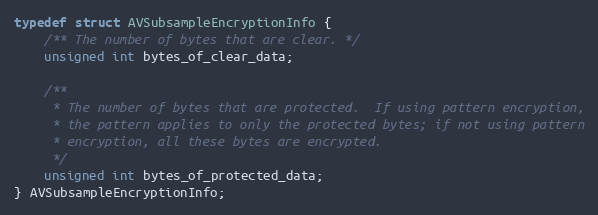
Language: C
typedef struct AVSubsampleEncryptionInfo {
    /** The number of bytes that are clear. */
    unsigned int bytes_of_clear_data;

    /**
     * The number of bytes that are protected.  If using pattern encryption,
     * the pattern applies to only the protected bytes; if not using pattern
     * encryption, all these bytes are encrypted.
     */
    unsigned int bytes_of_protected_data;
} AVSubsampleEncryptionInfo;